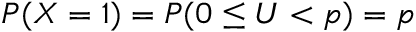
P ( X = 1 ) = P ( 0 \leq U < p ) = p